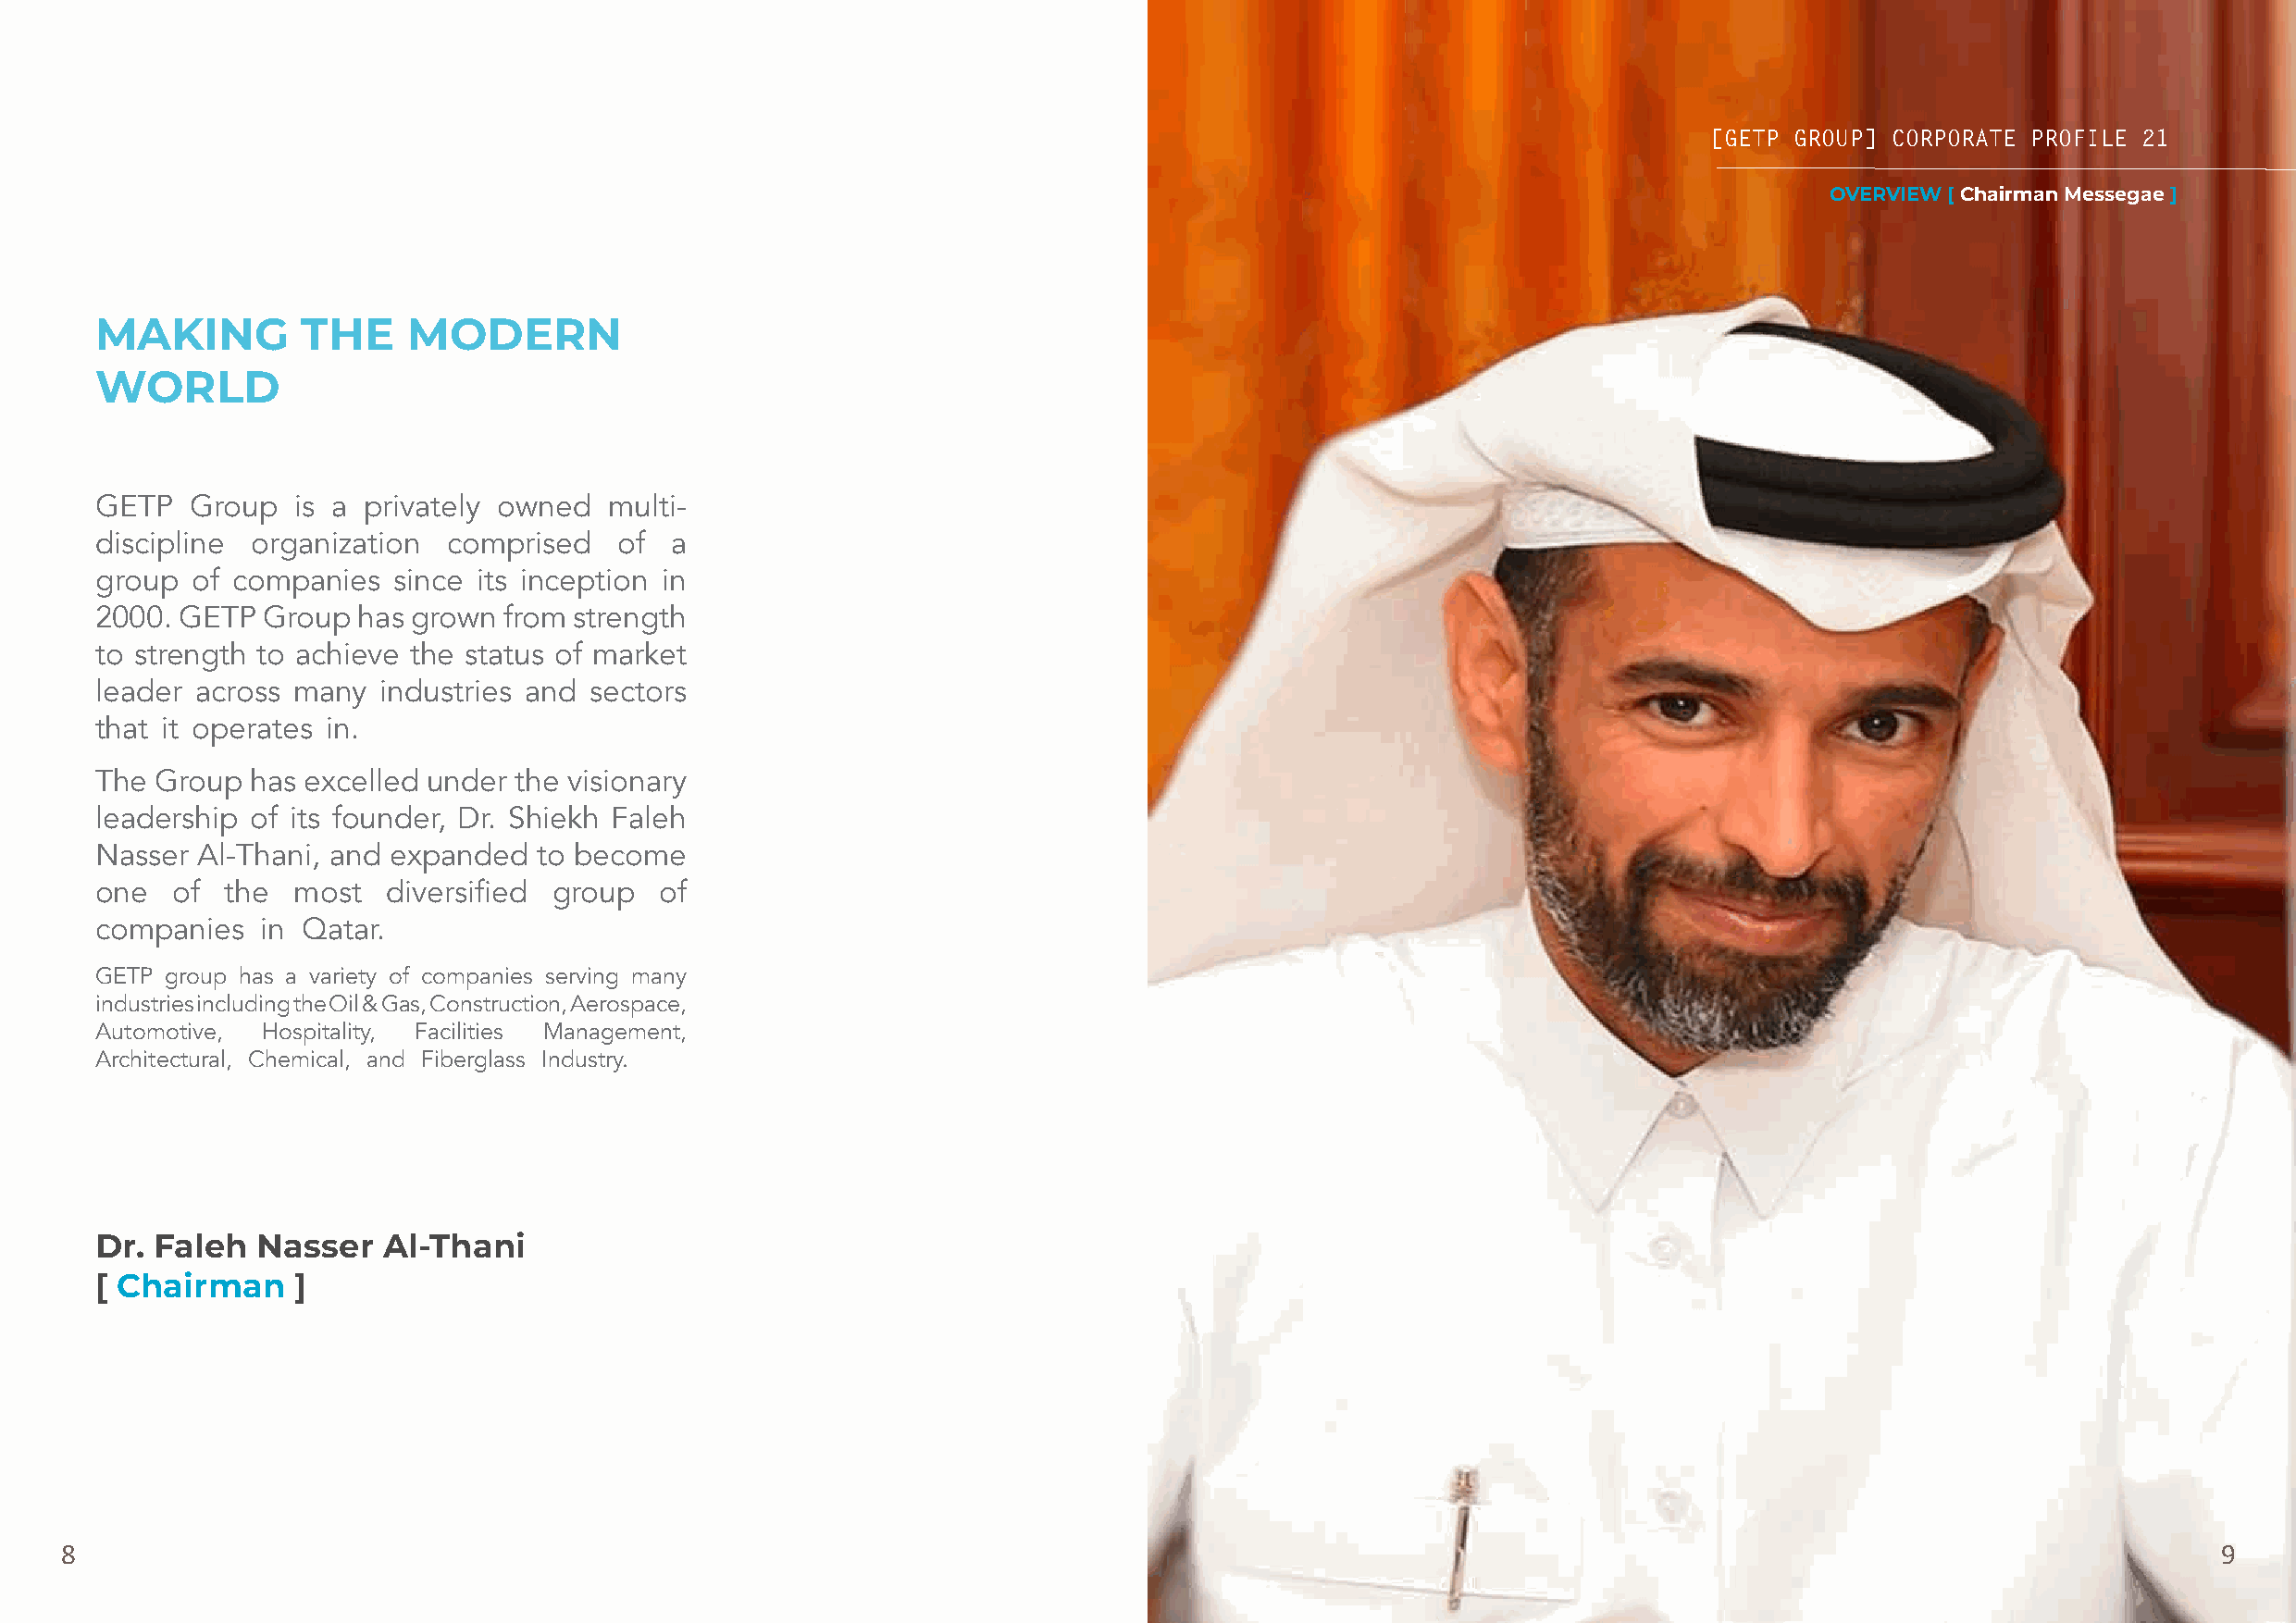
[[GGEETTPP GGRROOUUPP]] CCOORRPPOORRAATTEE PPRROOFFIILLEE 2211
 OVERVIEW [ Chairman Messegae ]
 MAKING         THE    MODERN
 WORLD
 GETP   Group  is a privately owned  multi-
 discipline organization  comprised   of  a
 group  of companies  since its inception in
 2000. GETP  Group  has grown from strength
 to strength to achieve the status of market
 leader across many  industries and sectors
 that it operates in.
 The Group  has excelled under the visionary
 leadership of its founder, Dr. Shiekh Faleh
 Nasser Al-Thani, and expanded  to become
 one  of  the  most   diversified group  of
 companies   in Qatar.
 GETP group has a variety of companies serving many
 industries including the Oil & Gas, Construction, Aerospace,
 Automotive, Hospitality, Facilities Management,
 Architectural, Chemical, and Fiberglass Industry.
 Dr. Faleh  Nasser   Al-Thani
 [ Chairman    ]
 8                                                                                                                                                          9